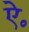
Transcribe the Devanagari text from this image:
ऐ॰